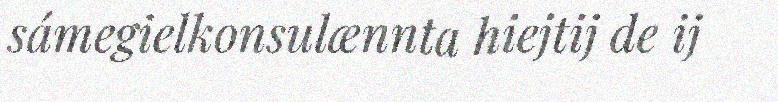
sámegielkonsulænnta hiejtij de ij